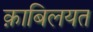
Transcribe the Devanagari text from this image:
क़ाबिलयत